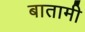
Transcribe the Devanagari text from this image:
बातामी